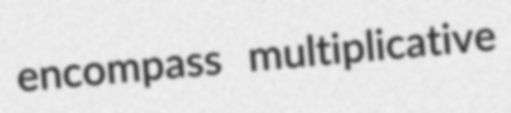
encompass multiplicative